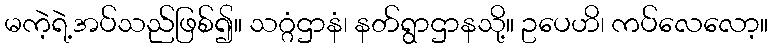
မကဲ့ရဲ့အပ်သည်ဖြစ်၍။ သဂ္ဂံဌာနံ၊ နတ်ရွာဌာနသို့။ ဥပေဟိ၊ ကပ်လေလော့။